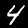
Digit: 4